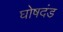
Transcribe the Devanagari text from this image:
घोषदंड